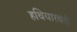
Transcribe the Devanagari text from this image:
हथियारबंदी